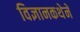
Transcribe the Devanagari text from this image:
विज्ञानकथेने